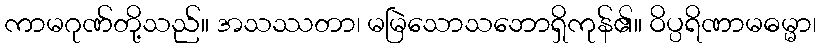
ကာမဂုဏ်တို့သည်။ အသဿတာ၊ မမြဲသောသဘောရှိကုန်၏။ ဝိပ္ပရိဏာမဓမ္မာ၊